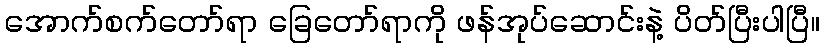
အောက်စက်တော်ရာ ခြေတော်ရာကို ဖန်အုပ်ဆောင်းနဲ့ ပိတ်ပြီးပါပြီ။